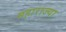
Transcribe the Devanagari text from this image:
महाराज्या